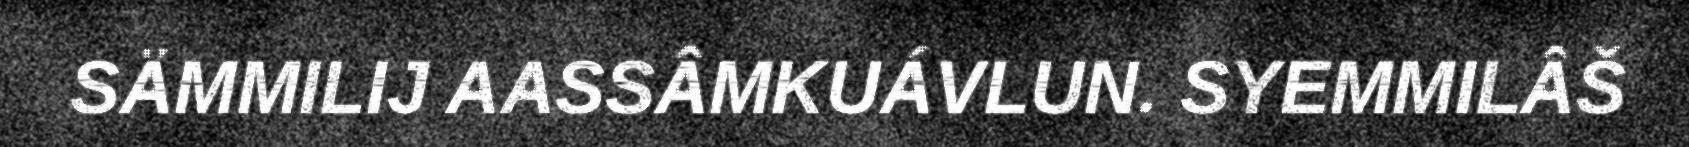
SÄMMILIJ AASSÂMKUÁVLUN. SYEMMILÂŠ